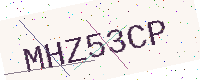
Text: MHZ53CP